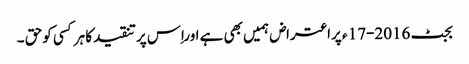
بجٹ 2016-17 ء پراعتراض ہمیں بھی ہے اوراِس پرتنقیدکا ہرکسی کوحق ۔